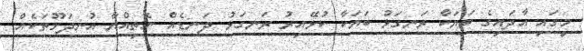
މީގައި އާދައިގެ ބަޔަކާ ރަނގަޅު ބަޔަކާ ކުޅޭއިރު ރަނގަޅު ދަނޑެއް ނެތިއްޔާ އުނދަގޫތަކެއް